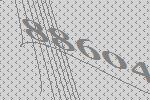
88604